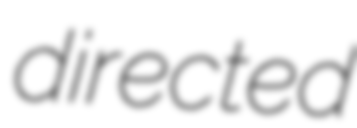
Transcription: directed